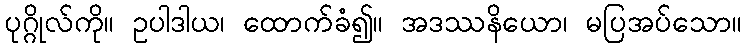
ပုဂ္ဂိုလ်ကို။ ဥပါဒါယ၊ ထောက်ခံ၍။ အဒဿနိယော၊ မပြအပ်သော။